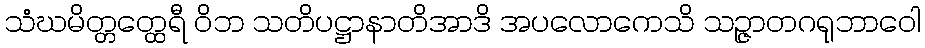
သံဃမိတ္တတ္ထေရီ ဝိဘ သတိပဋ္ဌာနာတိအာဒိ အပလောကေသိ သဉ္ဇာတဂရုဘာဝေါ